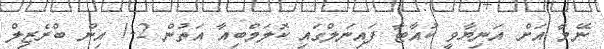
ނޭމާ އަށް އަނިޔާވީ ކުއާޓާ ފައިނަލްގައި ކޮލަމްބިއާ އަތުން 2-1 އިން ބްރެޒިލް